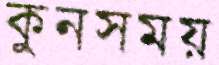
কুনসময়